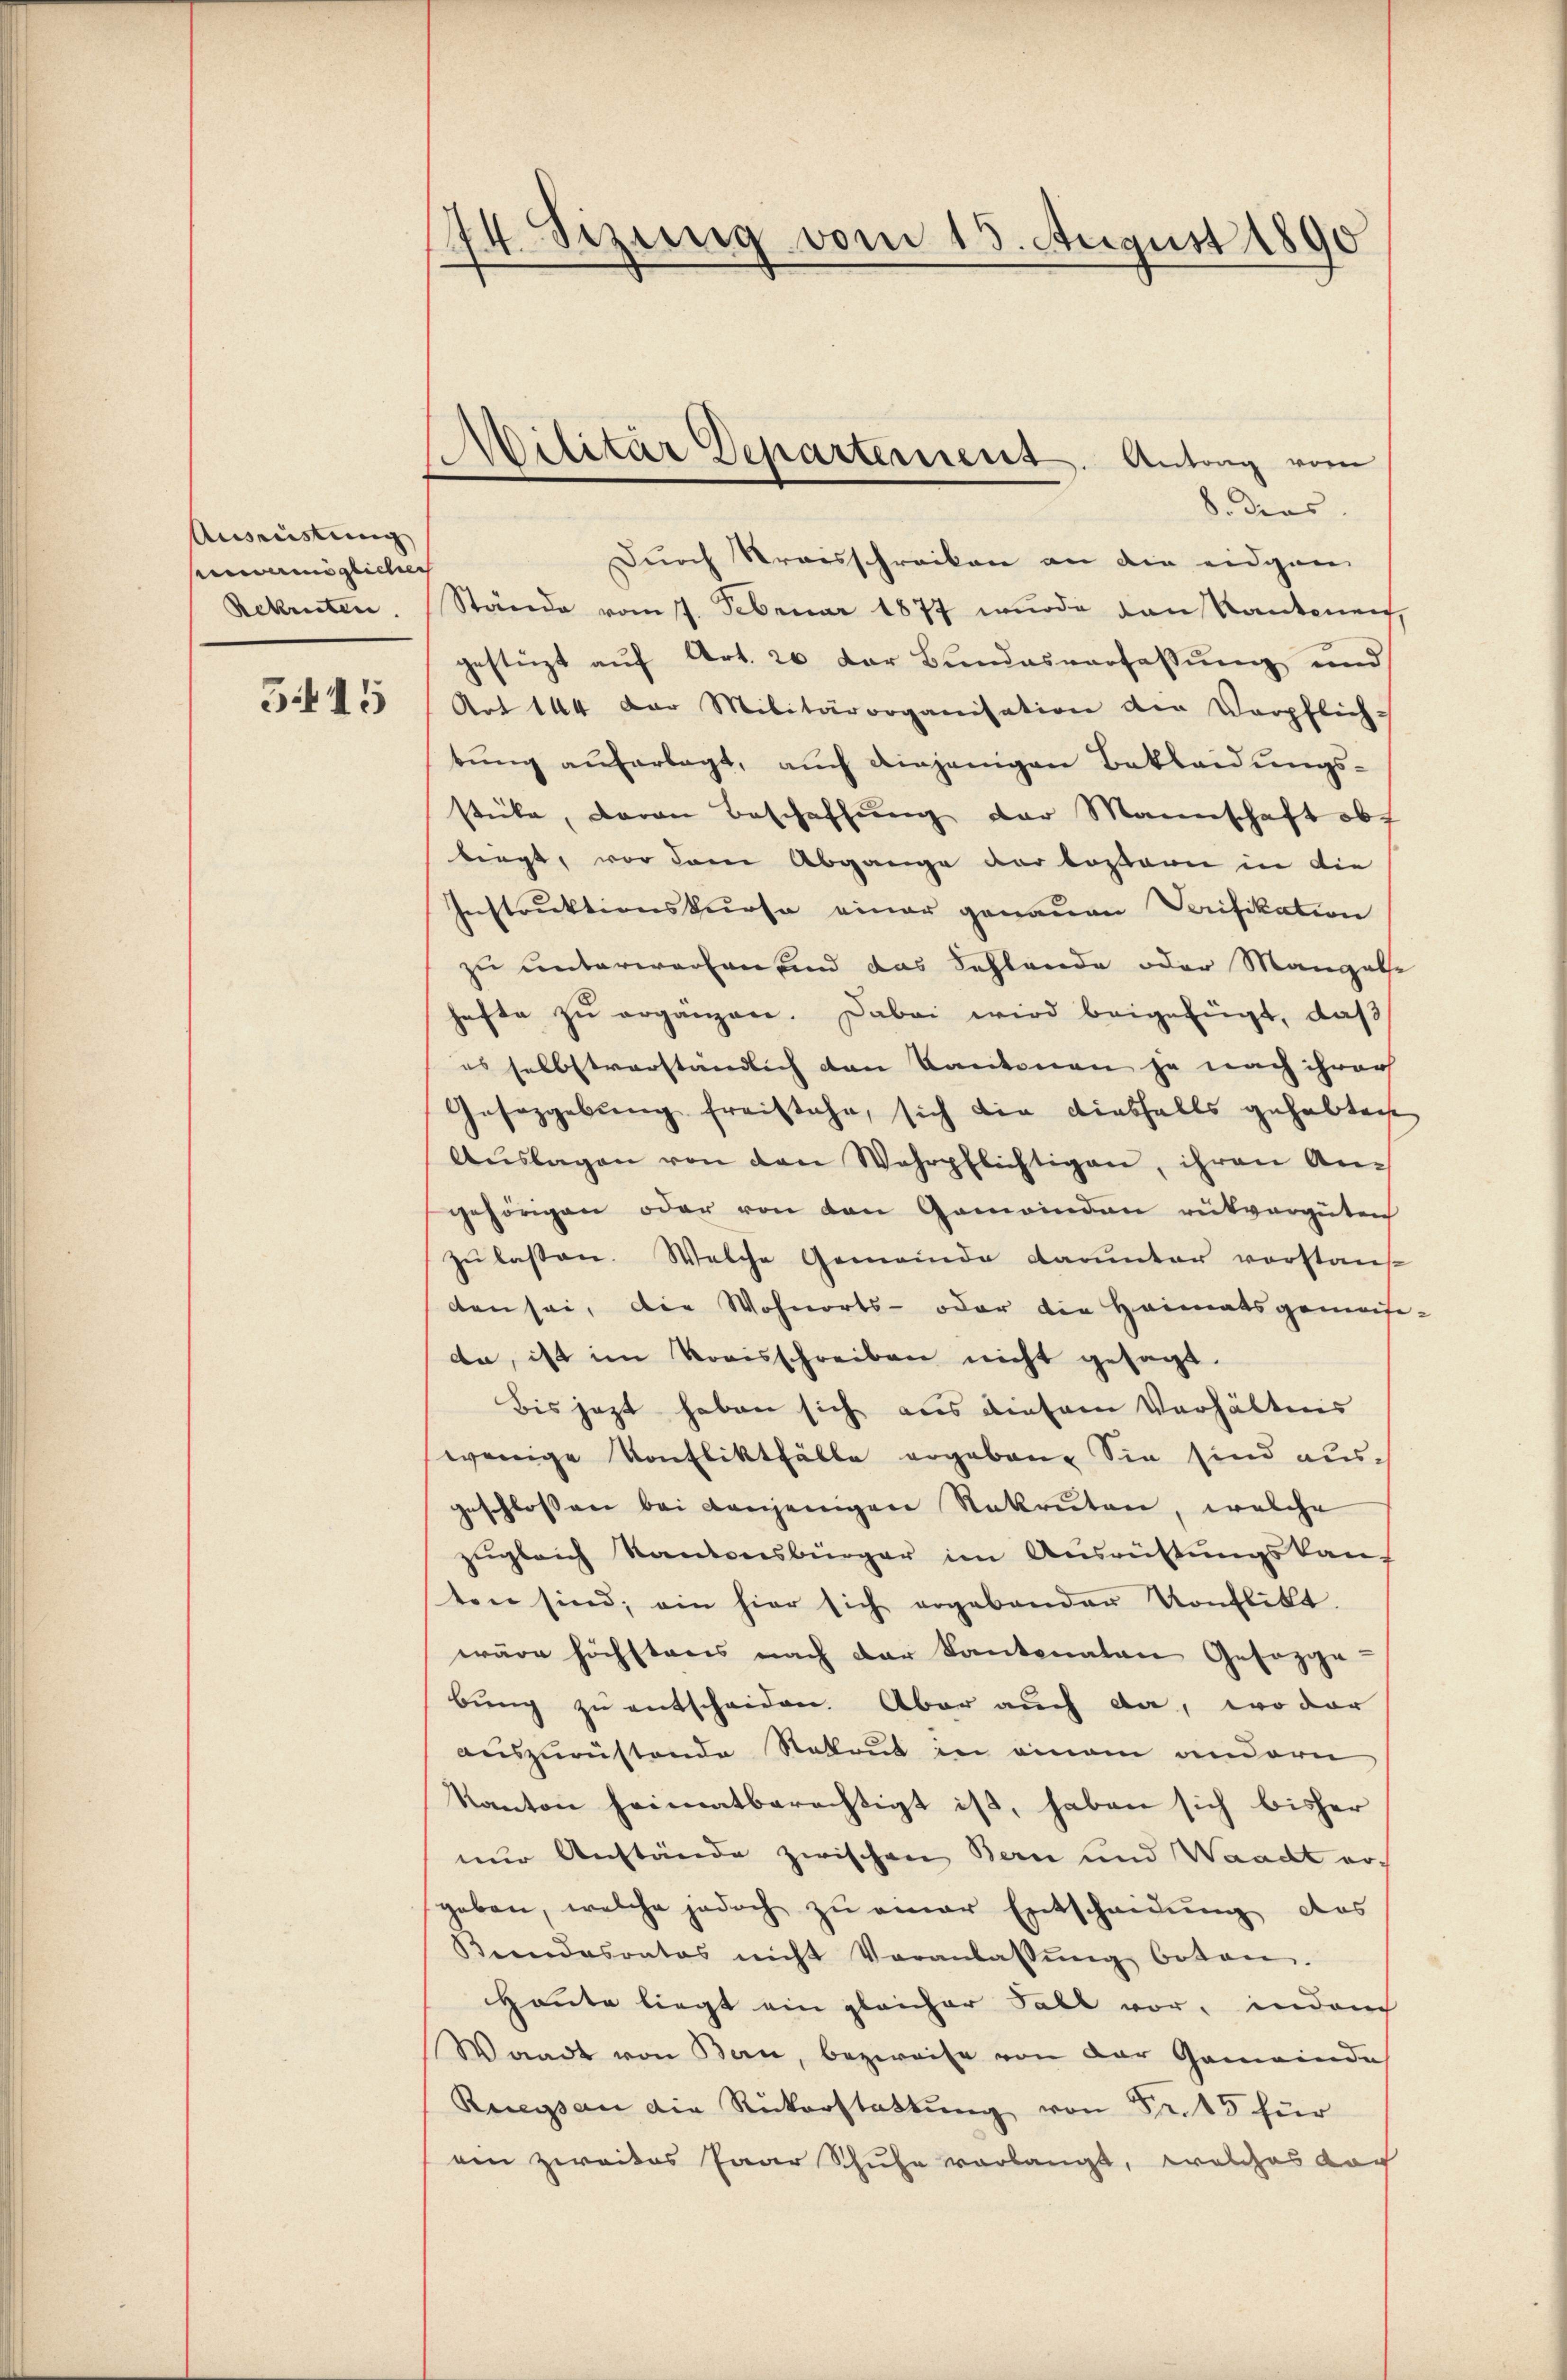
Ausreistung
eewermöglichen
Rekruten.
5415

44. Sizung vom 13. August 1890
n

Militär Departement. Antrag vom
e

Durch Kraisschreiben an die eidgen
Stände vom 7. Februar 1877 wurde von Kantonen,
gestüzt auf Art. 20. Der Bundesverfassung und
Art 144 der Militärorganisation der Verpflich-
tŭng auferlegt, auch diejenigen Bekleidungsstücke, daran Beschaffung der Mannschaft obt
birgt, vor dem Abgange der Bossarn in die
Instruktionskurse einer genauen Verifikation
zu unterworfen und das Fehlende oder Mangele
hafte zŭ erganzen. Dabei wird beigefügt, daß
es selbstverständlich den Kantonen ja nach ihrer
Gesetzgebung freistehe, sich die Liebfalls gehabten
Aŭslagen von den Wehrpflichtigen, ihren An-
gehörigen oder von den Gemeinden rükvergüten
zŭ lassen. Welche Gemeinde darunter vorstan
den sei, die Wohnorts- oder die Heimatsgemaite-
da, ist im Kreisschreiben nicht gesagt.
Bis jezt haben sich aus diesem Verhältnis
wenige Konfliktfälle ergaben. Sie sind aus-
geschlossen bei denjenigere Nekruten, welche
zugleich Kantonsbürger im Ausrüstungskan-
ten sind, ein hier sich ergebender Konflikt.
wäre höchstens nach der Kantonaten Gesezge
bŭng zŭ entscheiden. Aber auch da, wo dar
auszurüstende Rekrut in einem andern
Kanton heimatberechtigt ist, haben sich bisher
nur Anstände zwischen Bern und Waadt er
geben, welche jedoch zu einer Entscheidung des
Beendesrates nicht Veranlassŭng botan.
Haute liegt ein gleicher Fall vor, indem
Waadt von Bern, bezweife von der Gemeinde
Reegs an die Rückerstattŭng von Fr. 45 für
ein zweites Paar Schule vorlangt, welches noch

8. dies